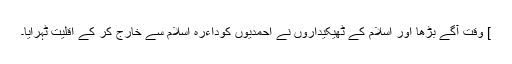
] وقت آگے بڑھا اور اسلام کے ٹھیکیداروں نے احمدیوں کوداءرہ اسلام سے خارج کر کے اقلیت ٹہرایا۔